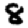
Digit: 8